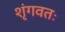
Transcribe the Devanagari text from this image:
शृंगवतः